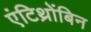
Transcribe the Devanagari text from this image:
एंटिथ्रोंबिन